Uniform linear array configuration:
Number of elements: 16
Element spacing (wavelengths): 0.25
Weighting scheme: cosine
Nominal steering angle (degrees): -15
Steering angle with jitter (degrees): -15.947
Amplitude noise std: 0.05
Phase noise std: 0.05

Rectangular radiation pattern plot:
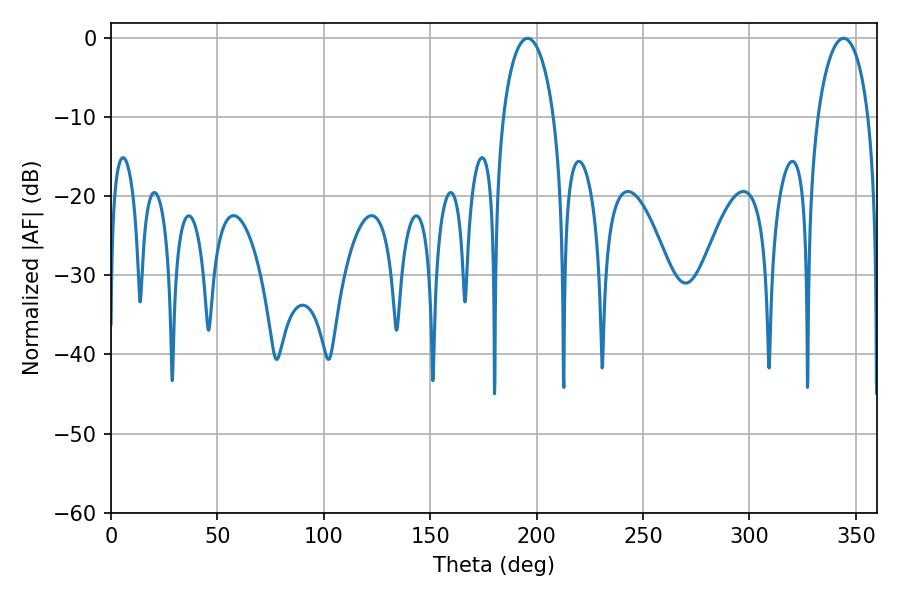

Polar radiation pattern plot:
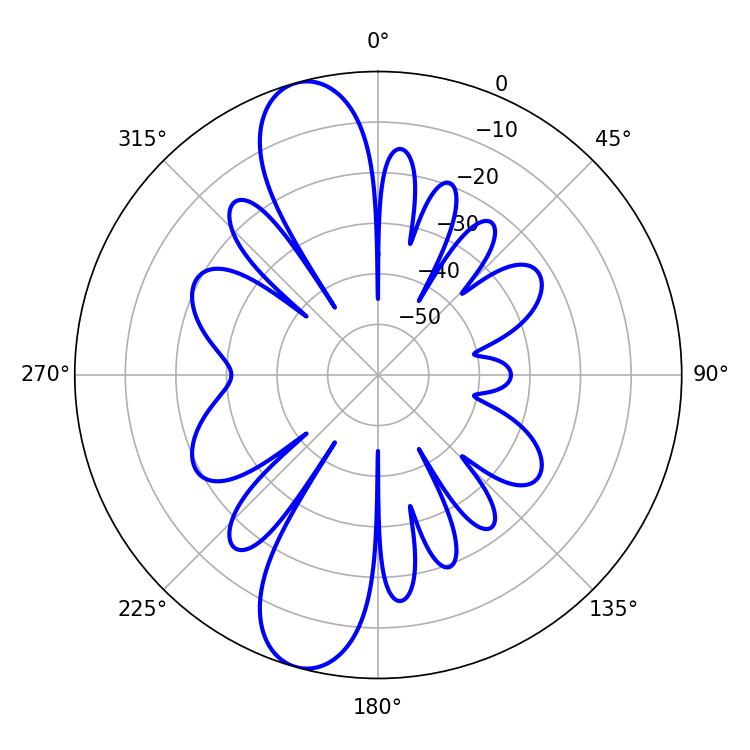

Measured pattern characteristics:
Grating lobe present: FALSE
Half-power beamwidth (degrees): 13.68
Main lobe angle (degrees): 195.66